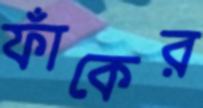
ফাঁকের